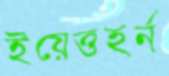
ইয়েত্তহর্ন